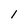
Character: i